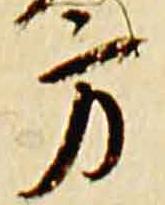
方